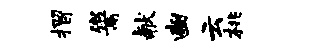
摺鬻献豳云桃